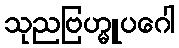
သုညဗြဟ္မူပဂေါ